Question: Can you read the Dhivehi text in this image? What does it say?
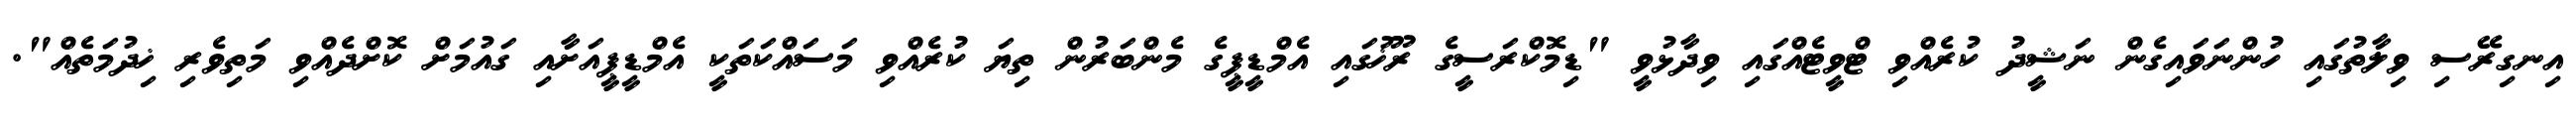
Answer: އިނގިރޭސި ވިލާތުގައި ހުންނަވައިގެން ނަޝީދު ކުރެއްވި ޓްވީޓެއްގައި ވިދާޅުވީ "ޑިމޮކްރަސީގެ ރޫޚުގައި އެމްޑީޕީގެ މެންބަރުން ތިޔަ ކުރެއްވި މަސައްކަތަކީ އެމްޑީޕީއަށާއި ގައުމަށް ކޮށްދެއްވި މަތިވެރި ޚިދުމަތެއް".